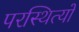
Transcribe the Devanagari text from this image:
परस्थित्यों